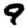
Digit: 9